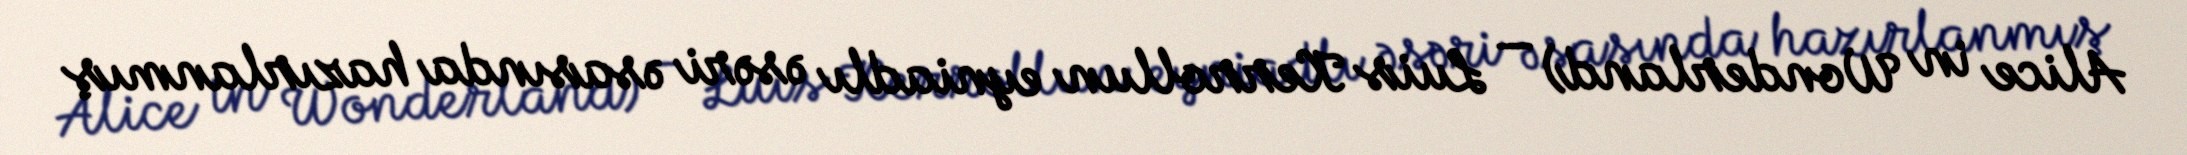
Alice in Wonderland) — Luis Kerrollun eyniadlı əsəri əsasında hazırlanmış